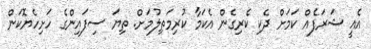
އެއީ ޝަރަފެއް ކަމަށް ދެކި ކެރިގެން އެކަމާ ކުރިމަތިލުމަށް. ތިޔަ ސިފައިންގެ ހަށިހެޔޮކަން